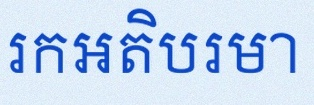
រកអតិបរមា